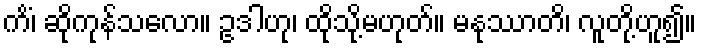
ကိံ၊ ဆိုကုန်သလော။ ဥဒါဟု၊ ထိုသို့မဟုတ်။ မနုဿာတိ၊ လူတို့ဟူ၍။